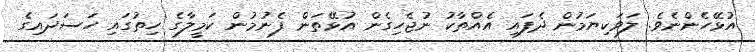
އުޅޭހެންނެވެ. ލަވަކިޔަމުން ދެފައި އެއްތާކު ނުޖެހިގެން އުޅޭތަން ފެނުމުން ކަމީލާގެ ހިތުގައި ހަސަދައިގެ